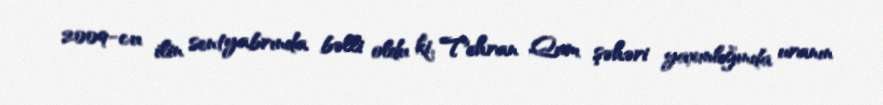
2009-cu ilin sentyabrında bəlli oldu ki, Tehran Qum şəhəri yaxınlığında uranın